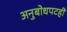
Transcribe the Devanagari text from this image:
अनुबोधपटही